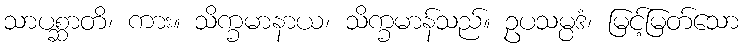
သာပစ္ဆာတိ၊ ကား။ သိက္ခမာနာယ၊ သိက္ခမာန်သည်။ ဥပသမ္ပဒံ၊ မြင့်မြတ်သော